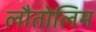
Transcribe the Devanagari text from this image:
लौतोलिम